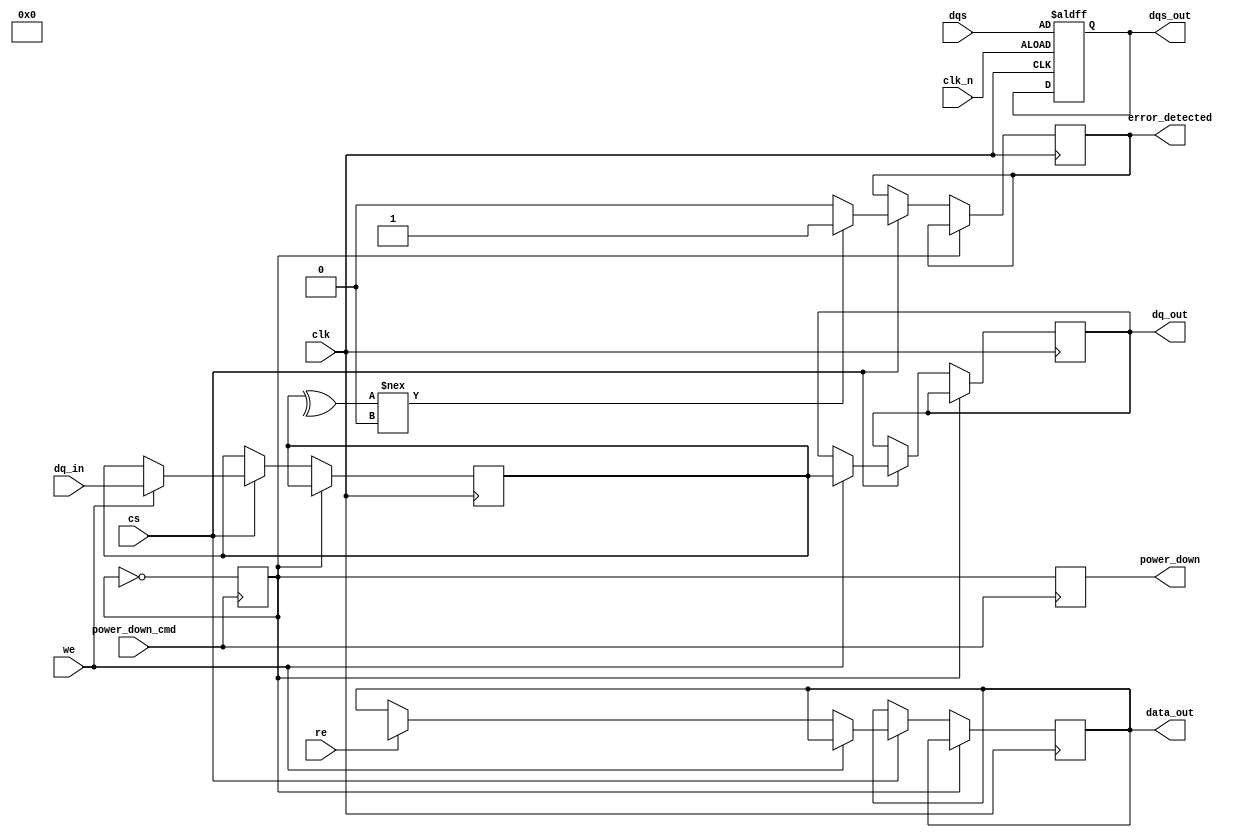
module gddr2_io_block (
    input wire clk,           // Clock input
    input wire clk_n,         // Differential Clock input (inverted)
    input wire cs,           // Chip Select
    input wire we,           // Write Enable
    input wire re,           // Read Enable
    input wire [15:0] dq_in, // Data input
    output reg [15:0] dq_out, // Data output
    input wire dqs,          // Data Strobe input
    output reg dqs_out,      // Data Strobe output
    output reg [15:0] data_out, // Output data
    output reg error_detected, // Error detection flag
    output reg power_down,    // Power management signal
    input wire power_down_cmd // Command for power down
);
    
    // Internal registers
    reg [15:0] data_buffer; // Internal data buffer
    reg [15:0] aligned_data; // Aligned data storage
    reg power_state; // Power state tracking

    // Clock management - edge detection for DQS
    always @(posedge clk or negedge clk_n) begin
        if (~clk_n) begin
            dqs_out <= dqs; // Output DQS accordingly
        end
    end
    
    // Data transfer logic
    always @(posedge clk) begin
        if (!power_state) begin
            if (cs) begin
                if (we) begin
                    data_buffer <= dq_in; // Write operation
                    dq_out <= data_buffer; // For testing or feedback
                end else if (re) begin
                    data_out <= dq_buffer; // Read operation
                end
                // Placeholder for error checking logic
                // Implementing simple parity check for error detection
                if (^data_buffer !== 1'b0) // Simple parity check
                    error_detected <= 1'b1; // Set error flag on odd parity
                else
                    error_detected <= 1'b0;
            end
        end
    end

    // Power management logic
    always @(posedge power_down_cmd) begin
        power_state <= ~power_state; // Toggle power state
        power_down <= power_state; // Indicate current power state
    end

    // Data alignment logic (simplified)
    always @(posedge dqs) begin
        aligned_data <= {data_buffer[15:1], data_buffer[0]}; // Shift alignment example
    end

endmodule